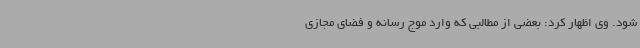
شود. وی اظهار کرد: بعضی از مطالبی که وارد موج رسانه و فضای مجازی